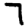
Digit: 7